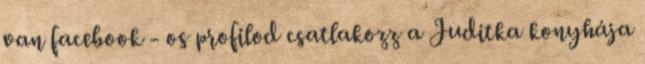
van facebook - os profilod csatlakozz a Juditka konyhája